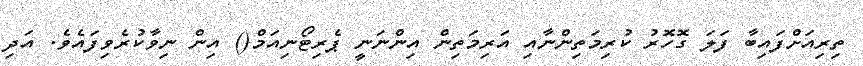
ތިރިއަށްފައިބާ ފަލަ ގޮހޮރު ކުރިމަތިންނާއި އަރިމަތިން އިންނަނީ ޕެރިޓޯނިއަމް() އިން ނިވާކުރެވިފައެވެ. އަދި